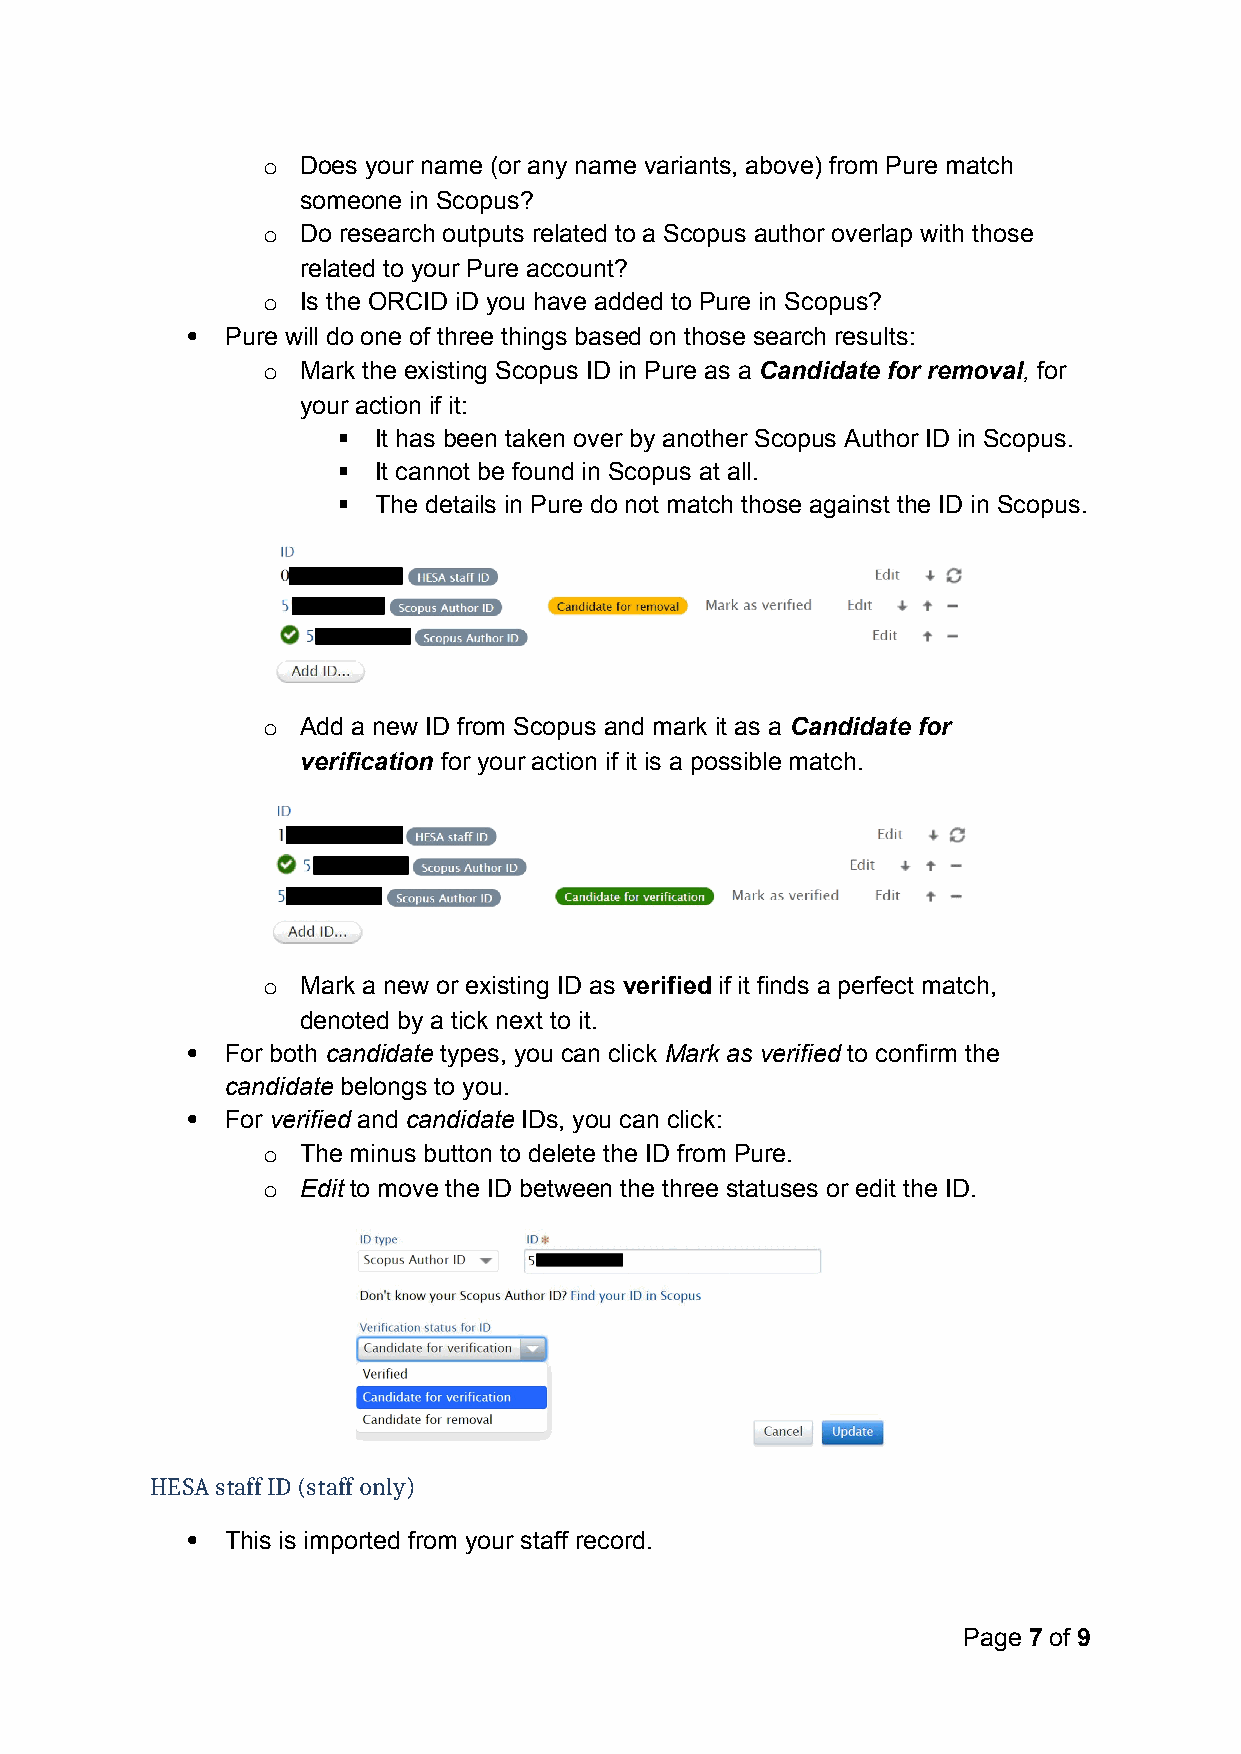
o  Does your name (or any name variants, above) from Pure match
 someone in Scopus?
 o  Do research outputs related to a Scopus author overlap with those
 related to your Pure account?
 o  Is the ORCID iD you have added to Pure in Scopus?
   Pure will do one of three things based on those search results:
 o  Mark the existing Scopus ID in Pure as a Candidate for removal, for
 your action if it:
   It has been taken over by another Scopus Author ID in Scopus.
   It cannot be found in Scopus at all.
   The details in Pure do not match those against the ID in Scopus.
 o  Add a new ID from Scopus and mark it as a Candidate for
 verification for your action if it is a possible match.
 o  Mark a new or existing ID as verified if it finds a perfect match,
 denoted by a tick next to it.
   For both candidate types, you can click Mark as verified to confirm the
 candidate belongs to you.
   For verified and candidate IDs, you can click:
 o  The minus button to delete the ID from Pure.
 o  Edit to move the ID between the three statuses or edit the ID.
 HESA staff ID (staff only)
   This is imported from your staff record.
 Page 7 of 9